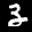
Label: 3